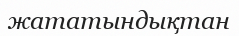
жататындықтан